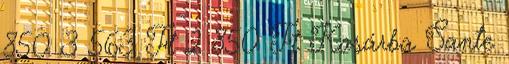
850 3 563 Ft 2 850 Ft Kosárba Sante